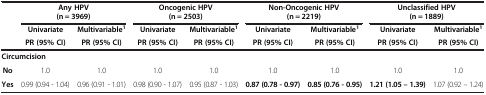
|  | <COLSPAN=2> Any HPV (n = 3969) | <COLSPAN=2> Oncogenic HPV (n = 2503) | <COLSPAN=2> Non-Oncogenic HPV (n = 2219) | <COLSPAN=2> Unclassified HPV (n = 1889) |
 |  | Univariate | Multivariable1 | Univariate | Multivariable1 | Univariate | Multivariable1 | Univariate | Multivariable1 |
 |  | PR (95% CI) | PR (95% CI) | PR (95% CI) | PR (95% CI) | PR (95% CI) | PR (95% CI) | PR (95% CI) | PR (95% CI) |
 | --- | --- | --- | --- | --- | --- | --- | --- | --- |
 | <COLSPAN=9> Circumcision |
 | No | 1.0 | 1.0 | 1.0 | 1.0 | 1.0 | 1.0 | 1.0 | 1.0 |
 | Yes | 0.99 (0.94 - 1.04) | 0.96 (0.91 - 1.01) | 0.98 (0.90 - 1.07) | 0.95 (0.87 - 1.03) | 0.87 (0.78 - 0.97) | 0.85 (0.76 - 0.95) | 1.21 (1.05 – 1.39) | 1.07 (0.92 – 1.24) |